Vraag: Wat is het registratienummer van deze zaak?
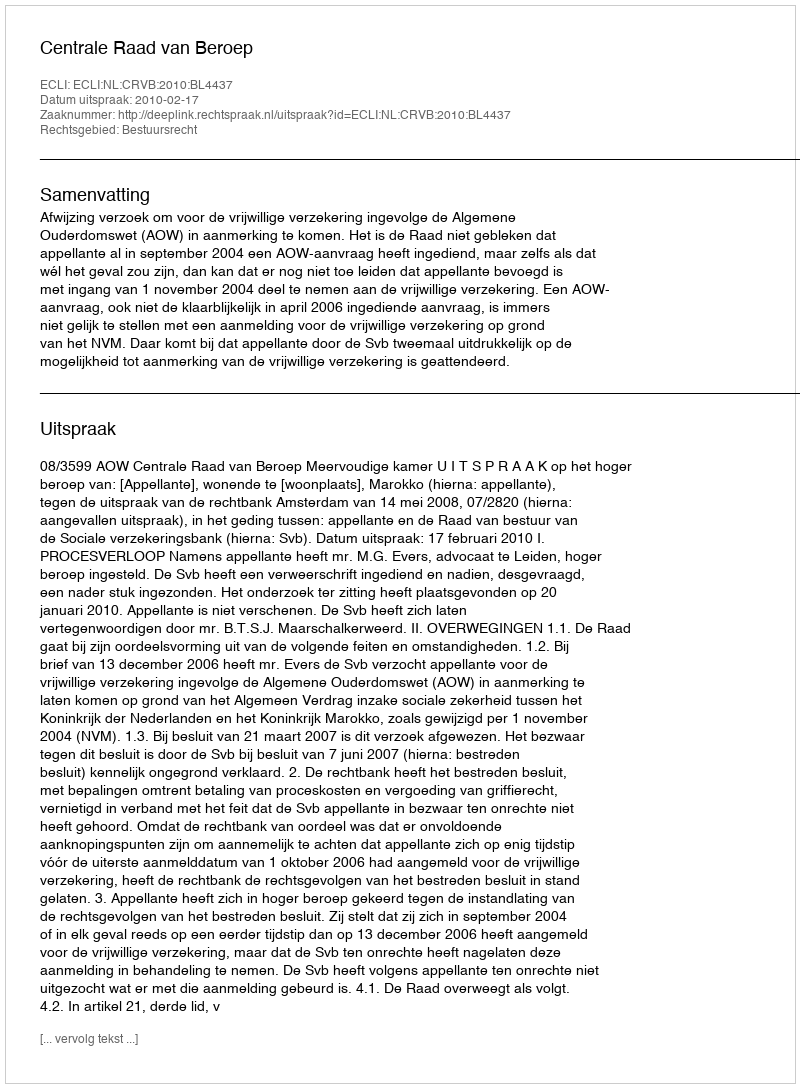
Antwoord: http://deeplink.rechtspraak.nl/uitspraak?id=ECLI:NL:CRVB:2010:BL4437